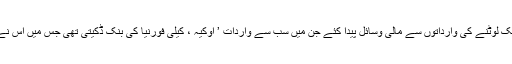
اس گروپ نے ڈکیتی اور بنک لوٹنے کی وارداتوں سے مالی وسائل پیدا کئے جن میں سب سے واردات ’ اوکیہ ، کیلی فورنیا کی بنک ڈکیتی تھی جس میں اس نے 36 لاکھ ڈالر لوٹے تھے ۔